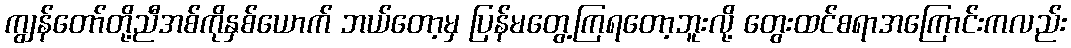
ကျွန်တော်တို့ညီအစ်ကိုနှစ်ယောက် ဘယ်တော့မှ ပြန်မတွေ့ကြရတော့ဘူးလို့ တွေးထင်စရာအကြောင်းကလည်း